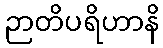
ဉာတိပရိဟာနိ